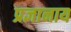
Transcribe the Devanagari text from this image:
प्रज्ञानाय